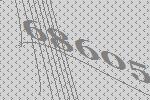
68605